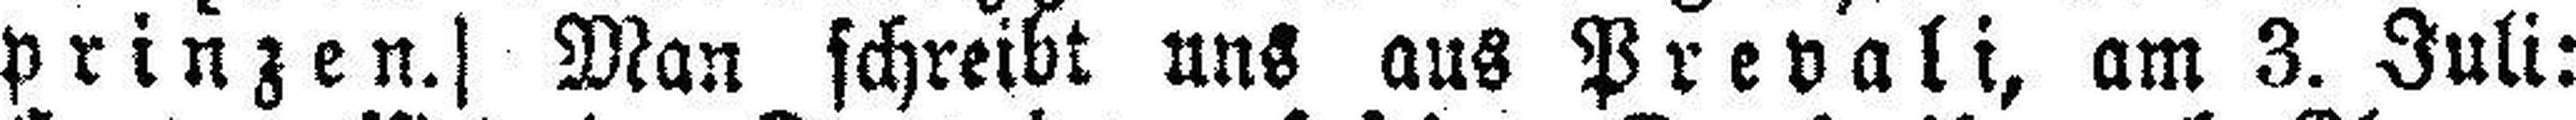
prinzen.] Man schreibt uns aus Prevali, am 3. Juli: